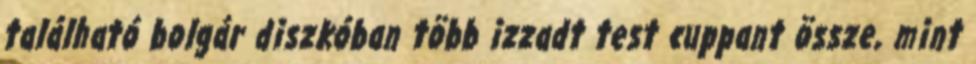
található bolgár diszkóban több izzadt test cuppant össze, mint